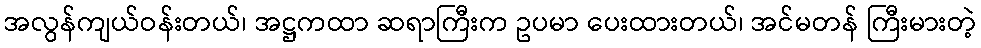
အလွန်ကျယ်ဝန်းတယ်၊ အဋ္ဌကထာ ဆရာကြီးက ဥပမာ ပေးထားတယ်၊ အင်မတန် ကြီးမားတဲ့